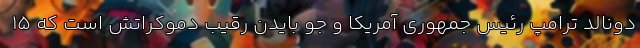
دونالد ترامپ رئیس جمهوری آمریکا و جو بایدن رقیب دموکراتش است که ۱۵